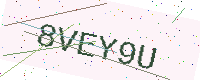
Text: 8VEY9U